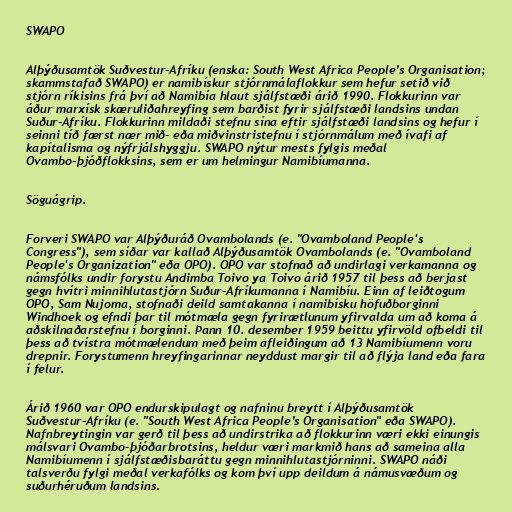
SWAPO

Alþýðusamtök Suðvestur-Afríku (enska: South West Africa People’s Organisation;
skammstafað SWAPO) er namibískur stjórnmálaflokkur sem hefur setið við
stjórn ríkisins frá því að Namibía hlaut sjálfstæði árið 1990. Flokkurinn var
áður marxísk skæruliðahreyfing sem barðist fyrir sjálfstæði landsins undan
Suður-Afríku. Flokkurinn mildaði stefnu sína eftir sjálfstæði landsins og hefur í
seinni tíð færst nær mið- eða miðvinstristefnu í stjórnmálum með ívafi af
kapítalisma og nýfrjálshyggju. SWAPO nýtur mests fylgis meðal
Ovambo-þjóðflokksins, sem er um helmingur Namibíumanna.

Söguágrip.

Forveri SWAPO var Alþýðuráð Ovambolands (e. "Ovamboland People's
Congress"), sem síðar var kallað Alþýðusamtök Ovambolands (e. "Ovamboland
People's Organization" eða OPO). OPO var stofnað að undirlagi verkamanna og
námsfólks undir forystu Andimba Toivo ya Toivo árið 1957 til þess að berjast
gegn hvítri minnihlutastjórn Suður-Afríkumanna í Namibíu. Einn af leiðtogum
OPO, Sam Nujoma, stofnaði deild samtakanna í namibísku höfuðborginni
Windhoek og efndi þar til mótmæla gegn fyrirætlunum yfirvalda um að koma á
aðskilnaðarstefnu í borginni. Þann 10. desember 1959 beittu yfirvöld ofbeldi til
þess að tvístra mótmælendum með þeim afleiðingum að 13 Namibíumenn voru
drepnir. Forystumenn hreyfingarinnar neyddust margir til að flýja land eða fara
í felur.

Árið 1960 var OPO endurskipulagt og nafninu breytt í Alþýðusamtök
Suðvestur-Afríku (e. "South West Africa People’s Organisation" eða SWAPO).
Nafnbreytingin var gerð til þess að undirstrika að flokkurinn væri ekki einungis
málsvari Ovambo-þjóðarbrotsins, heldur væri markmið hans að sameina alla
Namibíumenn í sjálfstæðisbaráttu gegn minnihlutastjórninni. SWAPO náði
talsverðu fylgi meðal verkafólks og kom því upp deildum á námusvæðum og
suðurhéruðum landsins.